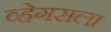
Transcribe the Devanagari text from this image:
व्हेगसला